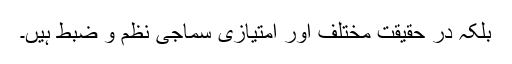
بلکہ در حقیقت مختلف اور امتیازی سماجی نظم و ضبط ہیں۔